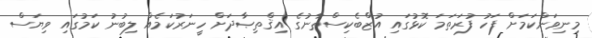
މިނިވަންކަމަށް ފަހު ފުރަތަމަ ކޮޅުގައި އުޒްބެކިސްތާނުގެ އިޤްތިޞާދަށް ހީނަރުކަމެެއް ލިބުނު ކަމުގައި ވިޔަސް